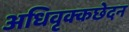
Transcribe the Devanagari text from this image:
अधिवृक्कछेदन